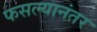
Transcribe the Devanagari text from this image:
फसल्यानंतर